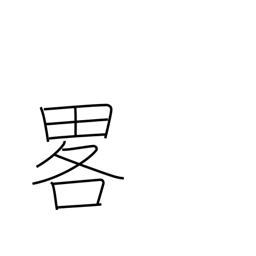
Meaning: omission